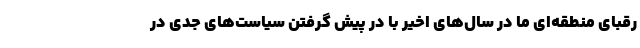
رقبای منطقه‌ای ما در سال‌های اخیر با در پیش گرفتن سیاست‌های جدی در